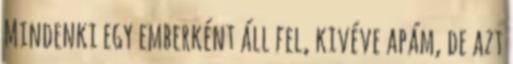
Mindenki egy emberként áll fel, kivéve apám, de azt